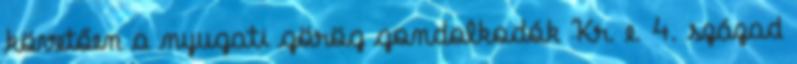
követően a nyugati görög gondolkodók Kr. e. 4. század